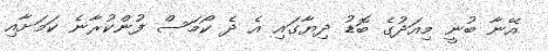
އޭނާ ބުނީ މިއަދުގެ ބޮޑު ދިޔާގައި އެ ދެ ކޯމަސް ފުންކުރާނެ ކަމަށާއި